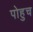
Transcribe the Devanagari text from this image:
पोहुच